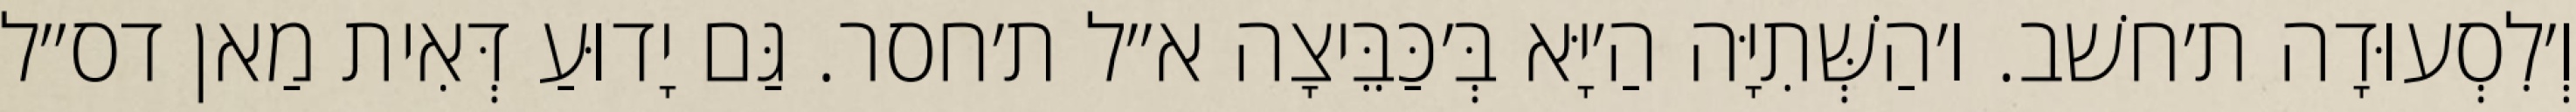
וְ׳לִסְעוּדָה ת׳חשׁב. ו׳הַשְּׁתִיָּה הַ׳יָּא בְּ׳כַּבֵּיצָה א״ל ת׳חסר. גַּם יָדוּעַ דְּאִית מַאן דס״ל